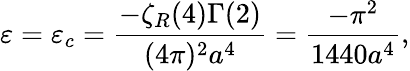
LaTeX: \varepsilon=\varepsilon_{c}=\frac{-\zeta_{R}(4)\Gamma(2)}{(4\pi)^{2}a^{4}}=\frac{-\pi^{2}}{1440a^{4}},